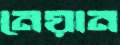
নেয়ান